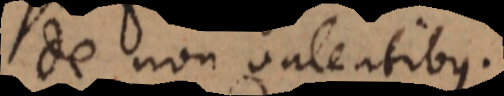
De non valentibus.